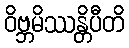
ဝိဗ္ဘမိဿန္တိပီတိ